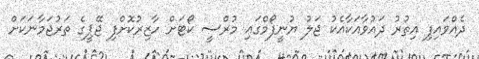
ދެއްވައިފި އިތުރު ދައުވާއަކާއެކު ޖަލު ޔުނީފޯމްގައި މުރްސީ ކޯޓަށް ހާޒިރުކޮށްފި ޖޭޕީގެ ތަރުޖަމާނަކަށް